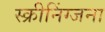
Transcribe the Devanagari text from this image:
स्क्रीनिंग्जना